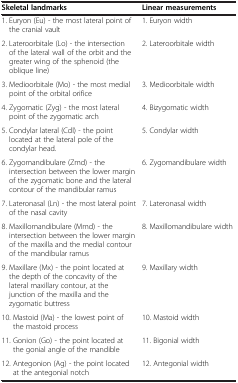
| Skeletal landmarks | Linear measurements |
 | --- | --- |
 | 1. Euryon (Eu) - the most lateral point of the cranial vault | 1. Euryon width |
 | 2. Lateroorbitale (Lo) - the intersection of the lateral wall of the orbit and the greater wing of the sphenoid (the oblique line) | 2. Lateroorbitale width |
 | 3. Medioorbitale (Mo) - the most medial point of the orbital orifice | 3. Medioorbitale width |
 | 4. Zygomatic (Zyg) - the most lateral point of the zygomatic arch | 4. Bizygomatic width |
 | 5. Condylar lateral (Cdl) - the point located at the lateral pole of the condylar head. | 5. Condylar width |
 | 6. Zygomandibulare (Zmd) - the intersection between the lower margin of the zygomatic bone and the lateral contour of the mandibular ramus | 6. Zygomandibulare width |
 | 7. Lateronasal (Ln) - the most lateral point of the nasal cavity | 7. Lateronasal width |
 | 8. Maxillomandibulare (Mmd) - the intersection between the lower margin of the maxilla and the medial contour of the mandibular ramus | 8. Maxillomandibulare width |
 | 9. Maxillare (Mx) - the point located at the depth of the concavity of the lateral maxillary contour, at the junction of the maxilla and the zygomatic buttress | 9. Maxillary width |
 | 10. Mastoid (Ma) - the lowest point of the mastoid process | 10. Mastoid width |
 | 11. Gonion (Go) - the point located at the gonial angle of the mandible | 11. Bigonial width |
 | 12. Antegonion (Ag) - the point located at the antegonial notch | 12. Antegonial width |